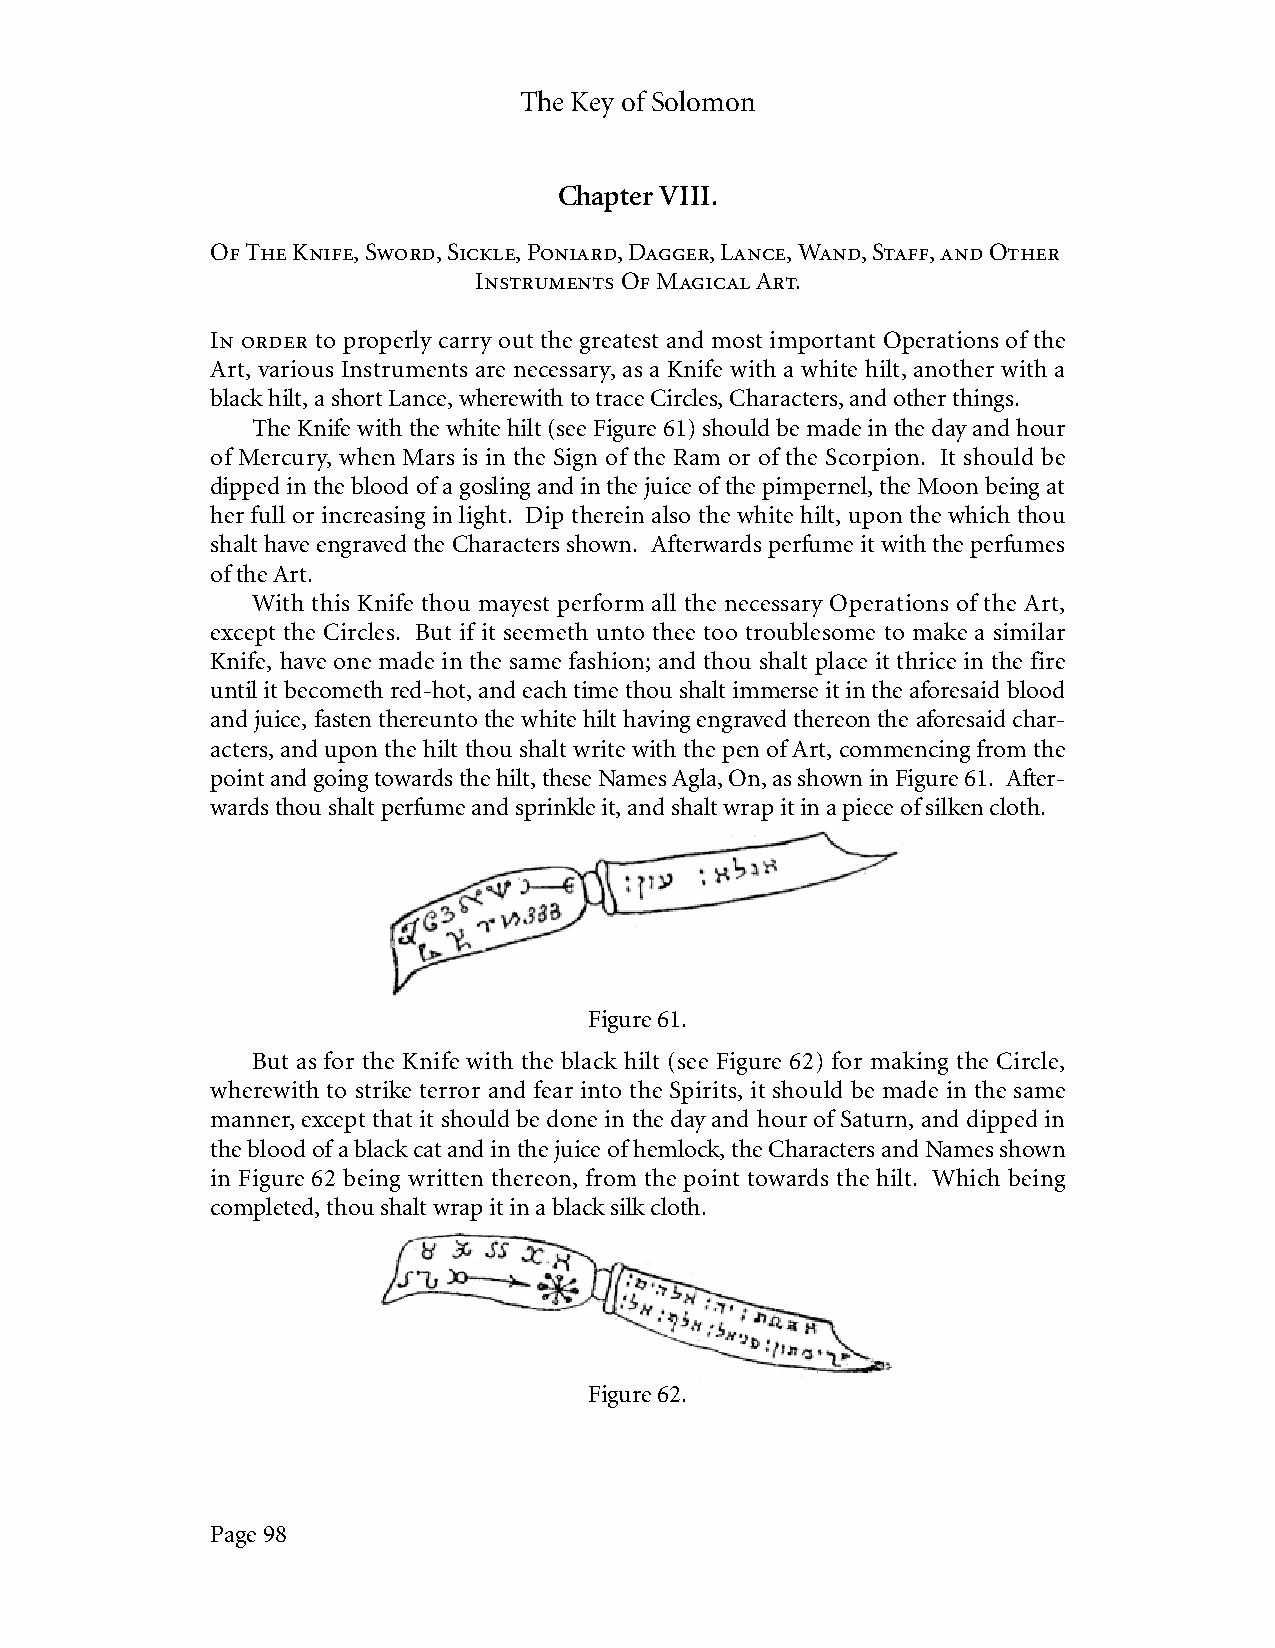
The Key of Solomon
 Chapter VIII.
 Of The Knife, Sword, Sickle, Poniard, Dagger, Lance, Wand, Staff, and Other
 Instruments Of Magical Art.
 In order to properly carry out the greatest and most important Operations of the
 Art, various Instruments are necessary, as a Knife with a white hilt, another with a
 black hilt, a short Lance, wherewith to trace Circles, Characters, and other things.
 The Knife with the white hilt (see Figure 61) should be made in the day and hour
 of Mercury, when Mars is in the Sign of the Ram or of the Scorpion. It should be
 dipped in the blood of a gosling and in the juice of the pimpernel, the Moon being at
 her full or increasing in light. Dip therein also the white hilt, upon the which thou
 shalt have engraved the Characters shown. Afterwards perfume it with the perfumes
 of the Art.
 With this Knife thou mayest perform all the necessary Operations of the Art,
 except the Circles. But if it seemeth unto thee too troublesome to make a similar
 Knife, have one made in the same fashion; and thou shalt place it thrice in the fire
 until it becometh red-hot, and each time thou shalt immerse it in the aforesaid blood
 and juice, fasten thereunto the white hilt having engraved thereon the aforesaid char-
 acters, and upon the hilt thou shalt write with the pen of Art, commencing from the
 point and going towards the hilt, these Names Agla, On, as shown in Figure 61. After-
 wards thou shalt perfume and sprinkle it, and shalt wrap it in a piece of silken cloth.
 Figure 61.
 But as for the Knife with the black hilt (see Figure 62) for making the Circle,
 wherewith to strike terror and fear into the Spirits, it should be made in the same
 manner, except that it should be done in the day and hour of Saturn, and dipped in
 the blood of a black cat and in the juice of hemlock, the Characters and Names shown
 in Figure 62 being written thereon, from the point towards the hilt. Which being
 completed, thou shalt wrap it in a black silk cloth.
 Figure 62.
 Page 98